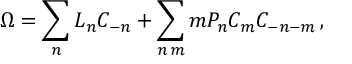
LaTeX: \Omega = \sum _ { n } L _ { n } C _ { - n } + \sum _ { n \, m } m P _ { n } C _ { m } C _ { - n - m } \, ,